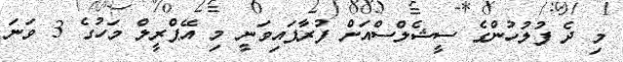
މި ދެ ފުލުހުންގެ ސީޝެލްސްއަށް ފުރާފައިވަނީ މި އޭޕްރީލް މަހުގެ 3 ވަނަ